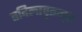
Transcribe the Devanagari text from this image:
तदिलावृतम्॥